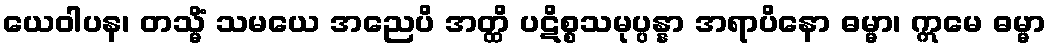
ယေဝါပန၊ တသ္မိံ သမယေ အညေပိ အတ္ထိ ပဋိစ္စသမုပ္ပန္နာ အရာပိနော ဓမ္မာ၊ ဣမေ ဓမ္မာ